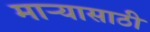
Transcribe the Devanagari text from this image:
माऱ्यासाठी